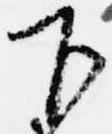
下